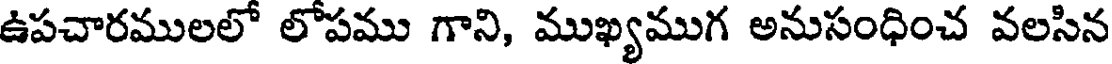
ఉపచారములలో లోపము గాని, ముఖ్యముగ అనుసంధించ వలసిన